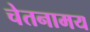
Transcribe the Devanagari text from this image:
चेतनामय